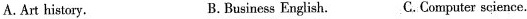
A.Art history. B.Business English. C.Computer science.